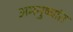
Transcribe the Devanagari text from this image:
अमनुष्यांत